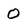
Character: O